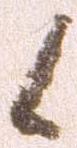
候